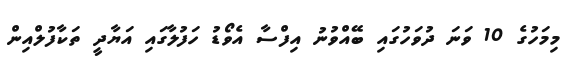
މިމަހުގެ 10 ވަނަ ދުވަހުގައި ބޭއްވުނު އިފްސާ އެވޯޑު ހަފުލާގައި އަޔާދީ ތަކާފުލްއިން